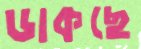
ডাকছে